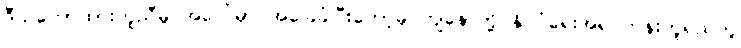
ဒီသဘောထားတူညီမှု အပေါ်မှာ အခြေခံပြီးတော့မှ ကျနော်တို့ နိုင်ငံရေးအရ တန်းတူရည်တူ